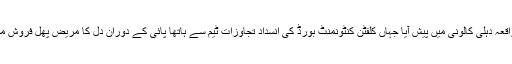
رپورٹ کے مطابق واقعہ دہلی کالونی میں پیش آیا جہاں کلفٹن کنٹونمنٹ بورڈ کی انسداد تجاوزات ٹیم سے ہاتھا پائی کے دوران دل کا مریض پھل فروش موقع پر ہی دم توڑ گیا۔